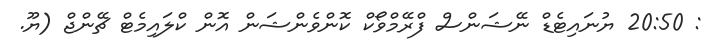
: 20:50 ޔުނައިޓެޑް ނޭޝަންސް ފްރޭމްވޯކް ކޮންވެންޝަން އޮން ކްލައިމެޓް ޗޭންޖް (ޔޫ.